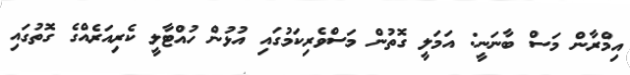
އިމްރާން މަސް ބާނަނީ: އަމަލީ ގޮތުން މަސްވެރިކަމުގައި އުޅުން ހުއްޓާލީ ކެރިއަރެއްގެ ގޮތުގައި